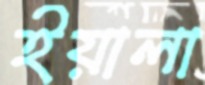
ইয়ালা